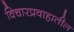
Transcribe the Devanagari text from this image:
विचारप्रवाहातील